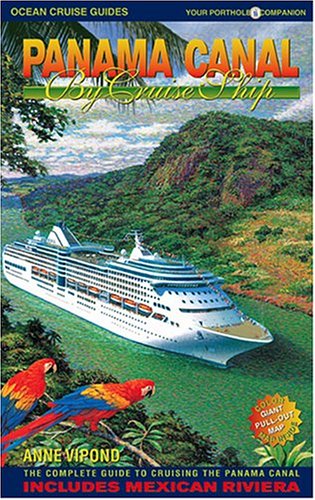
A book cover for Panama Canal By Cruise Ship: The Complete Guide to Cruising the Panama Canal (2nd Edition); Anne Vipond; Travel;